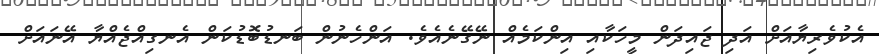
އެކުވެރިޔާއަށް އަދި ޖައިދަން މީހަކާއި އިންކަމެއް ނޭގޭނެއެވެ. އަންހެނުން ބަނޑުބޮޑުކަން އެނގިއްޖެއްޔާ އޭނައަށް